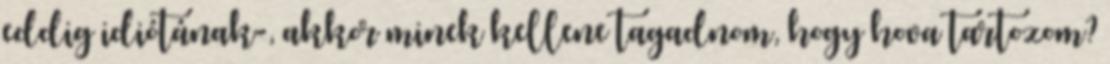
eddig idiótának-, akkor minek kellene tagadnom, hogy hova tartozom?